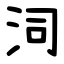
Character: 泀